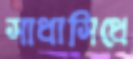
সাধাসিধে